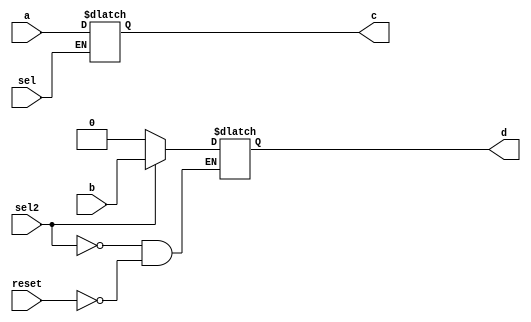
`timescale 1ns/1ns

module alwayslatch ( a, b, c, d, sel, sel2, reset);
input 	a, b, sel, sel2, reset;
output  c, d;
reg 	c, d;

always@(a or sel)
begin
	if(sel==1'b1)
		c <= a;
	else
		c <= c;
end

always@(b or sel2 or reset)
begin
	if(sel2==1)
		d <= b;
	else if(reset==1)
		d <= 1'b0;
	else
		d <= d;
end



endmodule